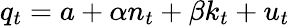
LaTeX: q_{t}=a+\alpha n_{t}+\beta k_{t}+u_{t}